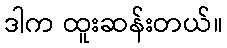
ဒါက ထူးဆန်းတယ်။